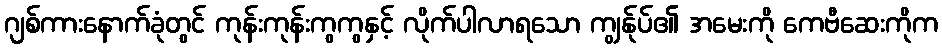
ဂျစ်ကားနောက်ခုံတွင် ကုန်းကုန်းကွကွနှင့် လိုက်ပါလာရသော ကျွန်ုပ်၏ အမေးကို ကေဗီဆေးကိုက